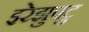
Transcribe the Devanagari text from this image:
इरेझुपटु